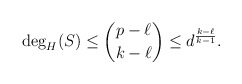
\begin{align*} \deg_H(S)\leq \binom{p-\ell}{k-\ell}\leq d^{\frac{k-\ell}{k-1}}.\end{align*}